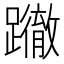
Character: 𨇂